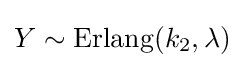
Y\sim \operatorname {Erlang} (k_{2},\lambda )